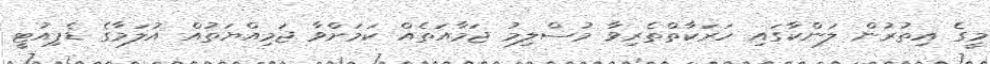
މީގެ އިތުރުން ލަންކާގައި ހަރަކާތްތެރިވާ މުސްލިމު ޖަމާއަތެއް ކަމަށްވާ ޖަމިއްޔަތުއް އުލަމާގެ ޑެޕިއުޓީ